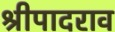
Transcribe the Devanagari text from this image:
श्रीपादराव